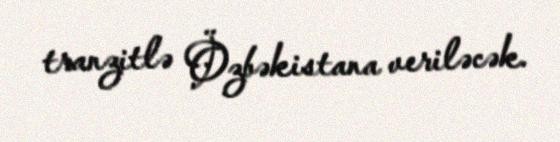
tranzitlə Özbəkistana veriləcək.